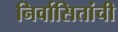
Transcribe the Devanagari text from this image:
निर्वासितांची